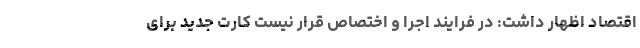
اقتصاد اظهار داشت: در فرایند اجرا و اختصاص قرار نیست کارت جدید برای